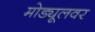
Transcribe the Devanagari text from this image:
मोड्यूलवर